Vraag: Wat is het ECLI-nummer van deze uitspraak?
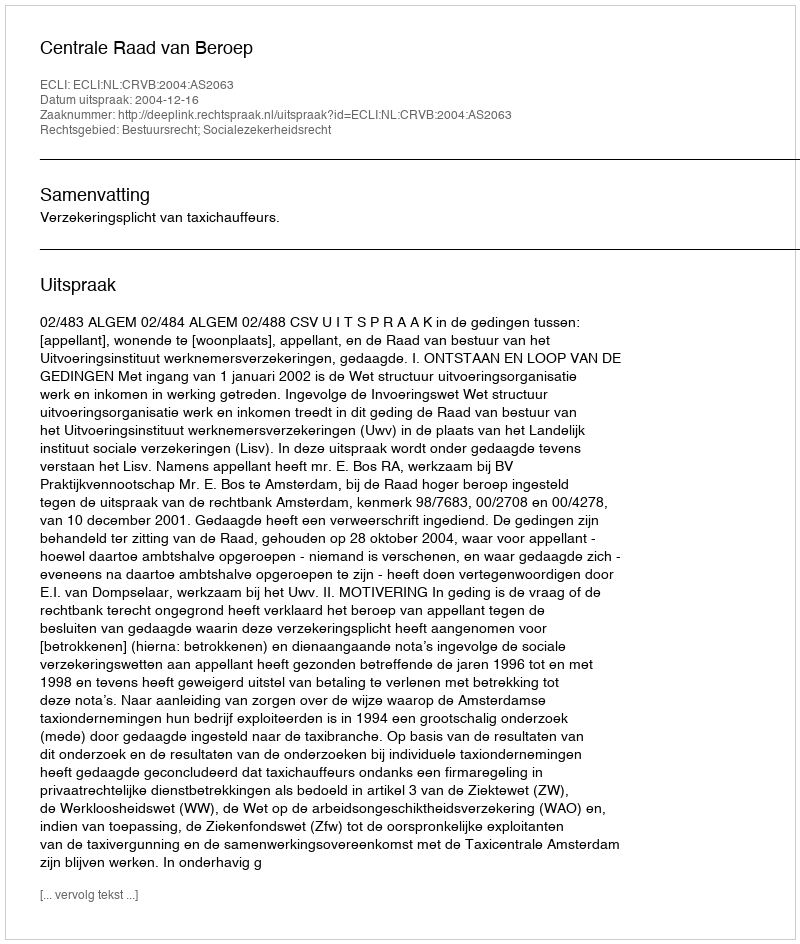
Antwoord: ECLI:NL:CRVB:2004:AS2063